Report on the administration of the Government Cinchona Department 1892-98
Year: 1892
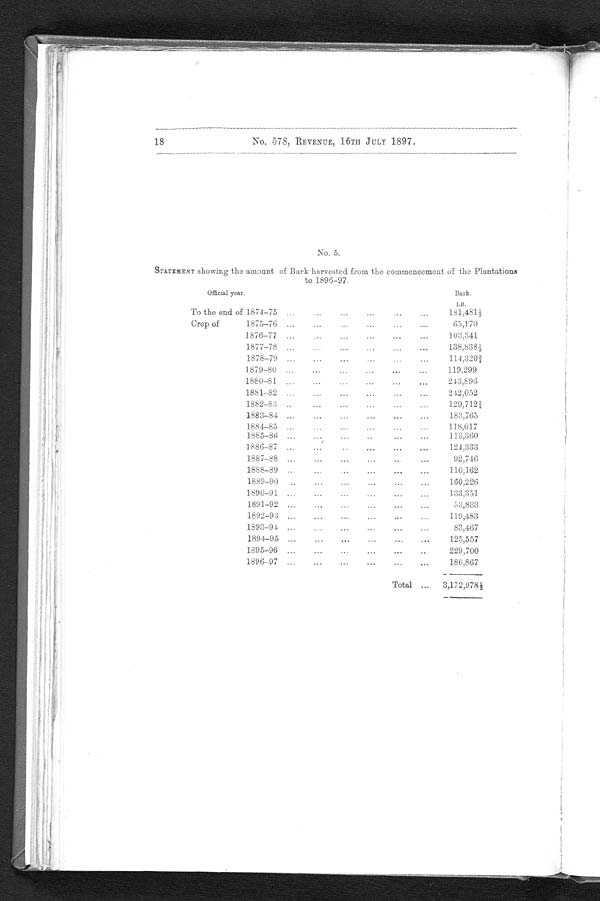
1 8
No. 578, REVENUE, 16TH JULY 1897.
No. 5.
STATEMENT showing the amount of Bark harvested from the commencement of the Plantations
to
1896-97.
Official year.
Bark.
LB.
To the end of 1874-75
. . .
. . . ...
...
...
...
181,481 1/2
Crop of
1875-76
. . .
...
...
...
...
...
65,170
1876-77
...
. . . ...
. . .
...
...
103,341
1877-78
...
. . . ..
...
...
...
138,838 1/2
1878-79
...
...
...
...
. . . ...
114,320 3/4
1879-80
. . .
...
...
. . . ...
..
119,299
1880-81
...
...
. . . ...
...
. . .
243,896
1881-82
...
...
...
...
...
...
242,052
1882-83
..
...
...
...
...
...
129,712 3/4
1883-84 ...
...
...
...
...
...
183,765
1884-85
...
...
...
...
...
...
118,017
1885-86
...
...
. . .
. . .
...
113,360
1886-87
...
...
. . .
. . .
. . .
. . .
124,333
1887-88
...
...
...
...
..
...
92,746
1888-89
...
. . .
..
...
. . .
...
110,162
1889-90
..
...
...
...
...
...
160,226
1890-91
. . . ...
...
...
...
...
133,351
1891-92
...
. . . ...
...
. . .
...
53,833
1892-93
...
...
. . . ...
. . .
...
119,483
1893-94
...
...
...
. . . ...
...
83,467
1894-95
...
...
. . .
...
...
...
125,557
1895-96
...
...
...
...
...
..
229,700
1896-97
...
...
...
...
...
. . .
186,867
Total ...
3,172,978 1/2